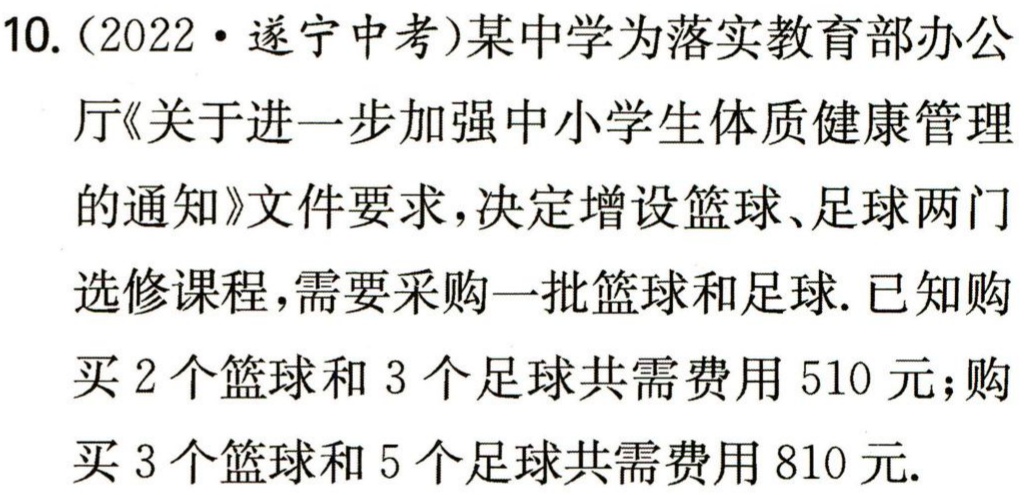
10.（2022·遂宁中考）某中学为落实教育部办公

厅《关于进一步加强中小学生体质健康管理

的通知》文件要求，决定增设篮球、足球两门

选修课程，需要采购一批篮球和足球. 已知购

买2个篮球和3个足球共需费用510元；购

买3个篮球和5个足球共需费用810元.